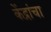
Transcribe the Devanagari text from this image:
केंद्रांचा